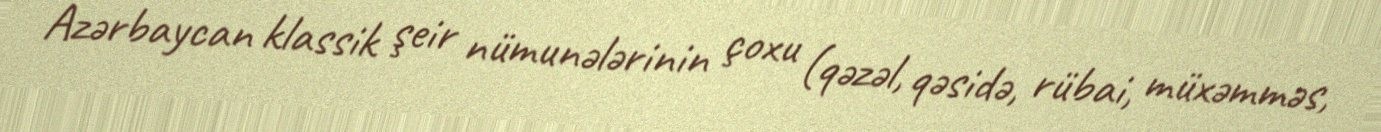
Azərbaycan klassik şeir nümunələrinin çoxu (qəzəl, qəsidə, rübai, müxəmməs,